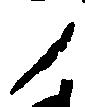
ノ